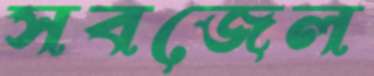
সবজেল